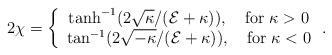
LaTeX: \begin{align*}2\chi=\left\{ \begin{array}{c} \tanh^{-1}(2\sqrt{\kappa}/({\cal E}+\kappa)),\quad \mbox{for } \kappa>0\\ \tan^{-1}(2\sqrt{-\kappa}/({\cal E}+\kappa)),\quad \mbox{for } \kappa<0 \end{array}\right. .\end{align*}